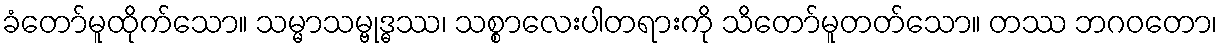
ခံတော်မူထိုက်သော။ သမ္မာသမ္ဗုဒ္ဓဿ၊ သစ္စာလေးပါတရားကို သိတော်မူတတ်သော။ တဿ ဘဂဝတော၊